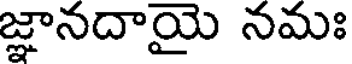
జ్ఞానదాయై నమః